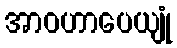
အာဝဟာပေယျုံ